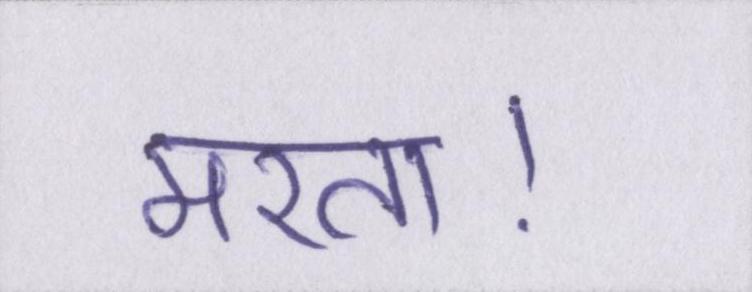
मरता।